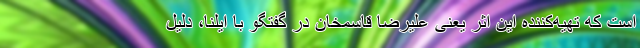
است که تهیه‌کننده این اثر یعنی علیرضا قاسمخان در گفتگو با ایلنا، دلیل